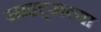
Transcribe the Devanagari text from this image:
साइट्‌सच्या